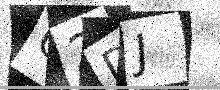
Text: C2DJ